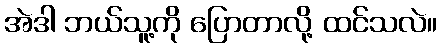
အဲဒါ ဘယ်သူ့ကို ပြောတာလို့ ထင်သလဲ။